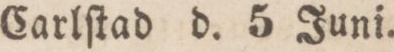
Carlſtad d. 5 Juni.